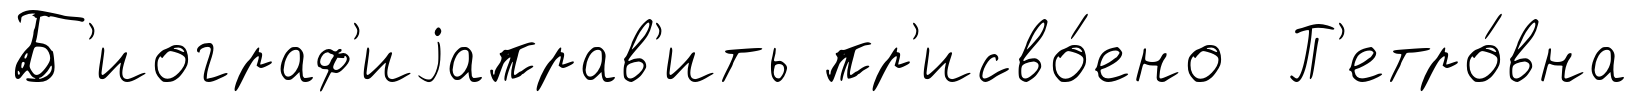
Б'иограф'иjаправ'ить пр'исво́ено П'етро́вна